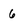
Character: 6